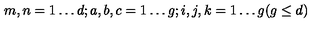
m , n = 1 \ldots d ; a , b , c = 1 \ldots g ; i , j , k = 1 \ldots g ( g \leq d )